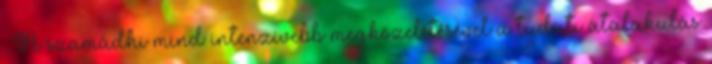
. A szamádhi mind intenzívebb megközelítésével a tudati átalakulás